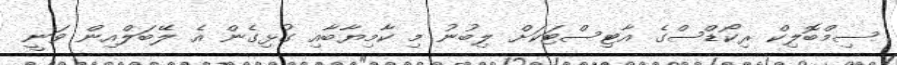
ސިމްބޮލިކް ރިކޯޑްސްގެ އާޓިސްޓަކަށް ލިބުނު މި ކާމިޔާބާއި ގުޅިގެން އެ ލޭބަލްއިން ވަނީ